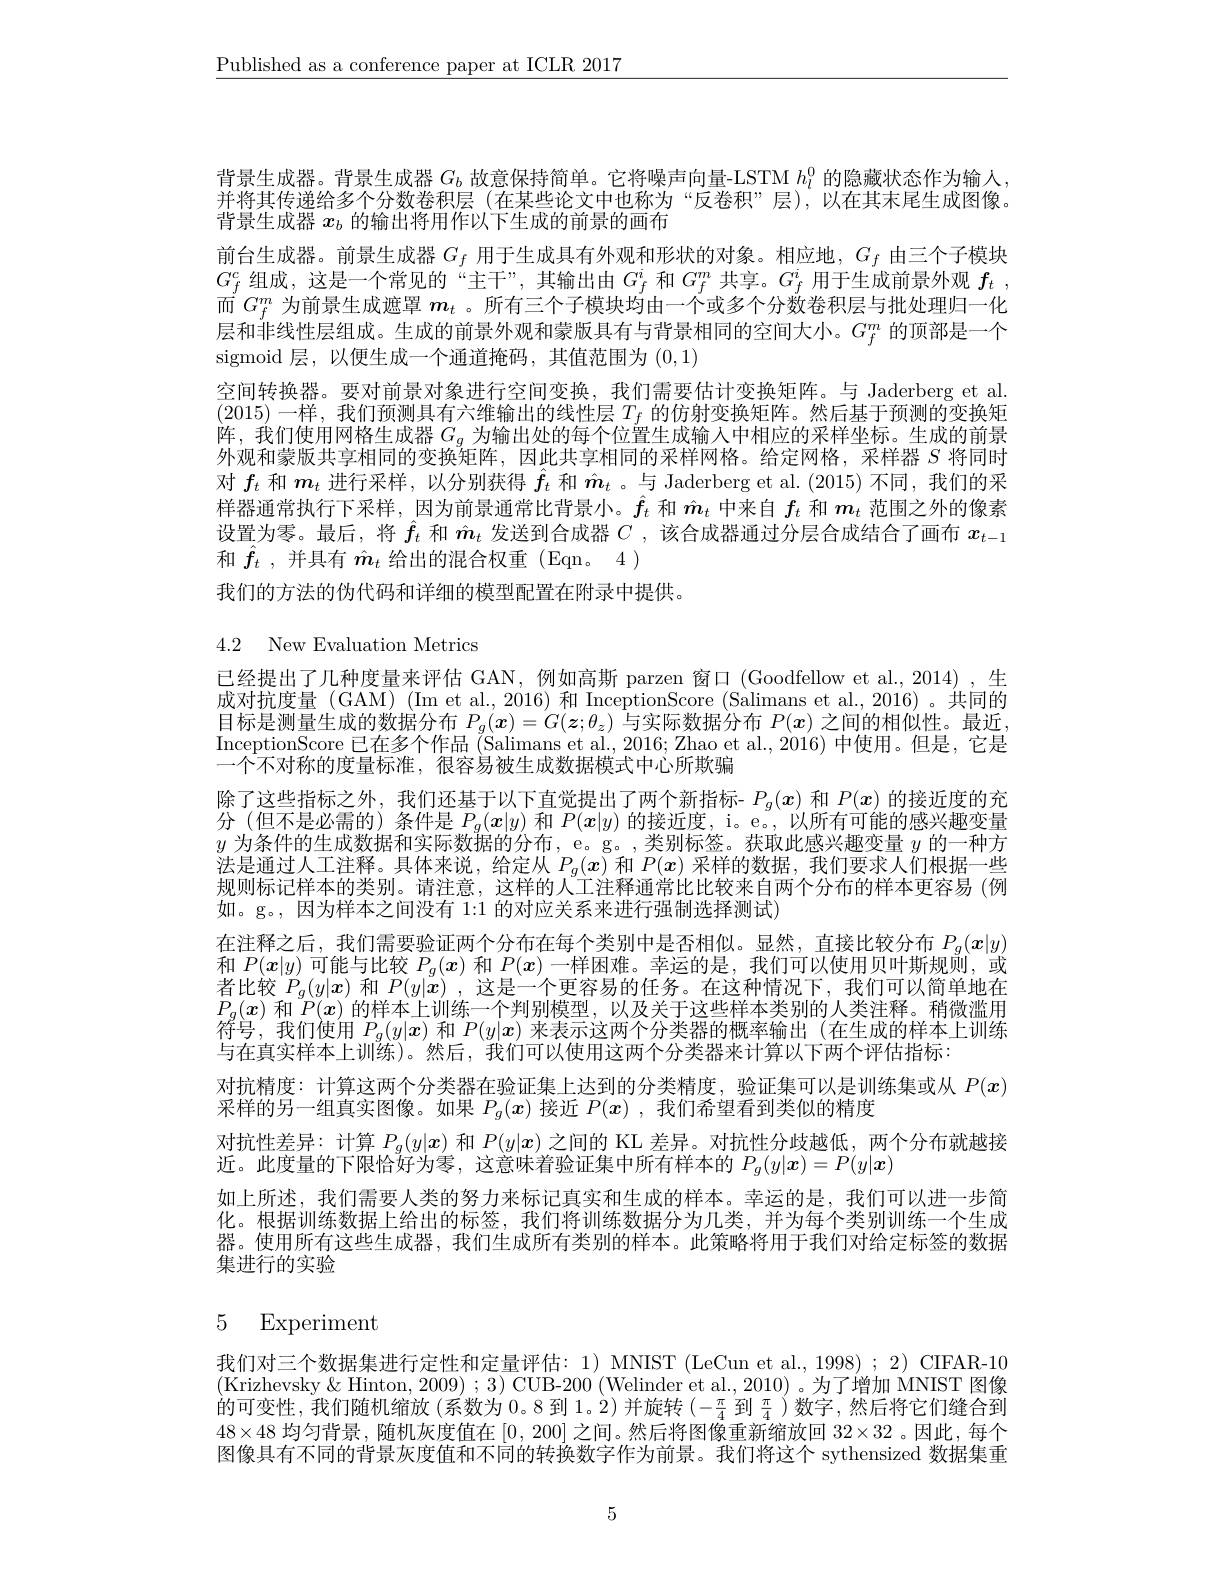
$\underline{\text{Published as a conference paper at ICLR 2017}}$

背景生成器。背景生成器$G_b$故意保持简单。它将噪声向量-LSTM $h_l^{0}$的隐藏状态作为输入并将其传递给多个分数卷积层 (在某些论文中也称为“反卷积”层),以在其末尾生成图像。背景生成器$x_b$的输出将用作以下生成的前景的画布
前台生成器。前景生成器$G_f$用于生成具有外观和形状的对象。相应地，$G_f$由三个子模块$G_{f}^{c}$组成，这是一个常见的“主干”,其输出由$G_f^i$和$G_f^m$共享。$G_f^i$用于生成前景外观$f_t~$, 而$G_f^m$为前景生成遮罩$\boldsymbol{m}_t$ 。所有三个子模块均由一个或多个分数卷积层与批处理归一化层和非线性层组成。生成的前景外观和蒙版具有与背景相同的空间大小。$G_f^m$的顶部是一个sigmoid 层，以便生成一个通道掩码，其值范围为(0,1)
空间转换器。要对前景对象进行空间变换，我们需要估计变换矩阵。与 Jaderberg et al. (2015)一样，我们预测具有六维输出的线性层$T_f$的仿射变换矩阵。然后基于预测的变换矩阵，我们使用网格生成器$G_g$为输出处的每个位置生成输入中相应的采样坐标。生成的前景外观和蒙版共享相同的变换矩阵，因此共享相同的采样网格。给定网格，采样器$S$将同时对$f_t$和$m_t$进行采样，以分别获得$\hat{f}_t$和$\hat{m}_t$ 。与 Jaderberg et al.(2015)不同，我们的采样器通常执行下采样，因为前景通常比背景小。$\hat{f}_t$和$\hat{m}_t$中来自$f_t$和$m_t$范围之外的像素设置为零。最后，将$\hat{f}_t$和$\hat{m}_t$发送到合成器$C$ ,该合成器通过分层合成结合了画布$x_{t-1}$ 和$\hat{f}_t$ ,并具有$\hat{m}_t$给出的混合权重(Eqn。4)
我们的方法的伪代码和详细的模型配置在附录中提供。

# 4.2 New Evaluation Metrics

已经提出了几种度量来评估 GAN, 例如高斯 parzen 窗口 (Goodfellow et al., 2014) ,生成对抗度量(GAM)(Im et al.,2016)和 InceptionScore (Salimans et al.,2016)。共同的目 标 是 测 量 生 成 的 数 据 分 布 $P_g( \boldsymbol{x}) = G( \boldsymbol{z}; \theta _z)$ 与 实 际 数 据 分 布 $P( \boldsymbol{x})$ 之 间 的 相 似 性 。最 近 , 目 标 是 测 量 生 成 的 数 据 分 布 $P_g( \boldsymbol{x}) = G( \boldsymbol{z}; \theta _z)$ 与 实 际 数 据 分 布 $P( \boldsymbol{x})$ 之 间 的 相 似 性 。最 近 , InceptionScore 已在多个作品(Salimans et al., 2016; Zhao et al., 2016) 中使用。但是，它是一个不对称的度量标准，很容易被生成数据模式中心所欺骗
除了这些指标之外，我们还基于以下直觉提出了两个新指标- $P_g(x)$和$P(x)$的接近度的充分(但不是必需的) 条件是$P_g(\boldsymbol{x}|y)$和$P(\boldsymbol{x}|y)$的接近度，i。e。,以所有可能的感兴趣变量$y$为条件的生成数据和实际数据的分布，e。g。,类别标签。获取此感兴趣变量$y$的一种方法是通过人工注释。具体来说，给定从$P_g(x)$和$P(x)$采样的数据，我们要求人们根据一些规则标记样本的类别。请注意，这样的人工注释通常比比较来自两个分布的样本更容易(例如。g。,因为样本之间没有 1:1 的对应关系来进行强制选择测试)
在注释之后，我们需要验证两个分布在每个类别中是否相似。显然，直接比较分布$P_g(\boldsymbol{x}|y)$ 和$P(x|y)$可能与比较$P_g(x)$和$P(x)$一样困难。幸运的是，我们可以使用贝叶斯规则，或者比较$P_g(y|x)$ 和 $P(y|x)$ ,这是一个更容易的任务。在这种情况下，我们可以简单地在$P_g(x)$和$P(x)$的样本上训练一个判别模型，以及关于这些样本类别的人类注释。稍微滥用符号，我们使用$P_g(y|\boldsymbol{x})$和$P(y|\boldsymbol{x})$来表示这两个分类器的概率输出(在生成的样本上训练与在真实样本上训练)。然后，我们可以使用这两个分类器来计算以下两个评估指标：
对抗精度：计算这两个分类器在验证集上达到的分类精度，验证集可以是训练集或从$P(x)$
采样的另一组真实图像。如果$P_g(x)$接近$P(x)$,我们希望看到类似的精度
对抗性差异：计算$P_g(y|\boldsymbol{x})$和$P(y|\boldsymbol{x})$之间的 KL 差异。对抗性分歧越低，两个分布就越接
近。此度量的下限恰好为零，这意味着验证集中所有样本的$P_g(y|\boldsymbol{x})=P(y|\boldsymbol{x})$
如上所述，我们需要人类的努力来标记真实和生成的样本。幸运的是，我们可以进一步简化。根据训练数据上给出的标签，我们将训练数据分为几类，并为每个类别训练一个生成器。使用所有这些生成器，我们生成所有类别的样本。此策略将用于我们对给定标签的数据集进行的实验

# 5 Experiment

我们对三个数据集进行定性和定量评估：1) MNIST (LeCun et al., 1998) ; 2) CIFAR-10 (Krizhevsky& Hinton, 2009) ; 3) CUB-200 (Welinder et al., 2010) 。为了增加 MNIST 图像的可变性，我们随机缩放(系数为0。8 到 1。2) 并旋转$(-\frac\pi4$到$\frac\pi4$ )数字，然后将它们缝合到$48\times48$均匀背景，随机灰度值在[0,200]之间。然后将图像重新缩放回$32\times32$ 。因此，每个图像具有不同的背景灰度值和不同的转换数字作为前景。我们将这个 sythensized 数据集重

5